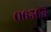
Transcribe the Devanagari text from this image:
०६५६५